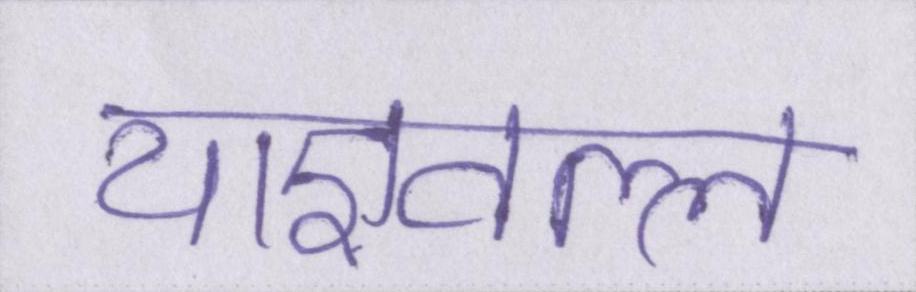
याज्ञवल्ल